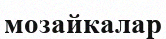
мозайкалар